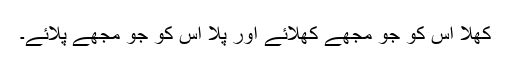
کھلا اس کو جو مجھے کھلائے اور پلا اس کو جو مجھے پلائے۔